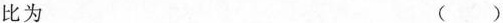
比为 ()